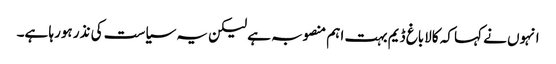
انہوں نے کہا کہ کالاباغ ڈیم بہت اہم منصوبہ ہے لیکن یہ سیاست کی نذر ہورہا ہے۔